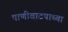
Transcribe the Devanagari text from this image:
पाणीवाटपाच्या